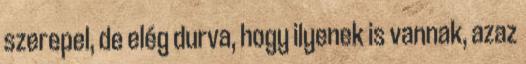
szerepel, de elég durva, hogy ilyenek is vannak, azaz